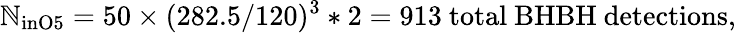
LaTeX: \mathbb{N}_{\mathrm{{{inO5}}}}=50\times(282.5/120)^{3}*2=913\mathrm{{{\ total\ BHBH\ detections},}}